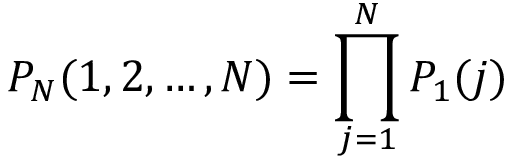
P _ { N } ( 1 , 2 , \ldots , N ) = \prod _ { j = 1 } ^ { N } P _ { 1 } ( j )